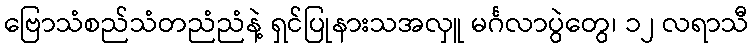
ဗြောသံစည်သံတညံညံနဲ့ ရှင်ပြုနားသအလှူ မင်္ဂလာပွဲတွေ၊ ၁၂ လရာသီ